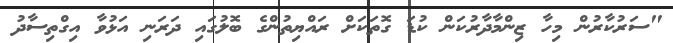
"ސަރުކާރުން މިހާ ޒިންމާދާރުކަން ކުޑަ ގޮތަކަށް ރައްޔިތުންގެ ބޮލުގައި ދަރަނި އަޅުވާ އިގްތިސާދު